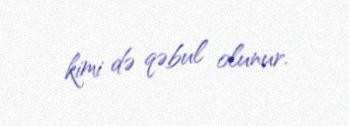
kimi də qəbul olunur.